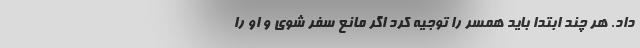
داد. هر چند ابتدا باید همسر را توجیه کرد اگر مانع سفر شوی و او را